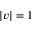
| v | = 1